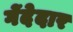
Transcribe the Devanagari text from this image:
गेंदेदार